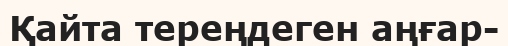
Қайта тереңдеген аңғар-